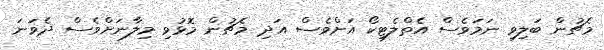
މެޗުން ބަލިވި ނަމަވެސް އެތްލެޓިކޯ އަށްވެސް އަދި މެޗުން މޮޅުވި މިލާނަށްވެސް ދެވަނަ